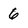
Character: 6